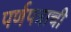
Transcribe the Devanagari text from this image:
पर्णपत्राची